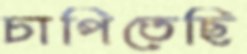
চাপিতেছি